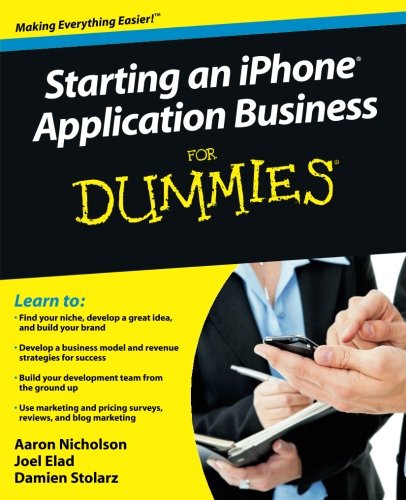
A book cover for Starting an iPhone Application Business For Dummies; Aaron Nicholson; Computers & Technology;